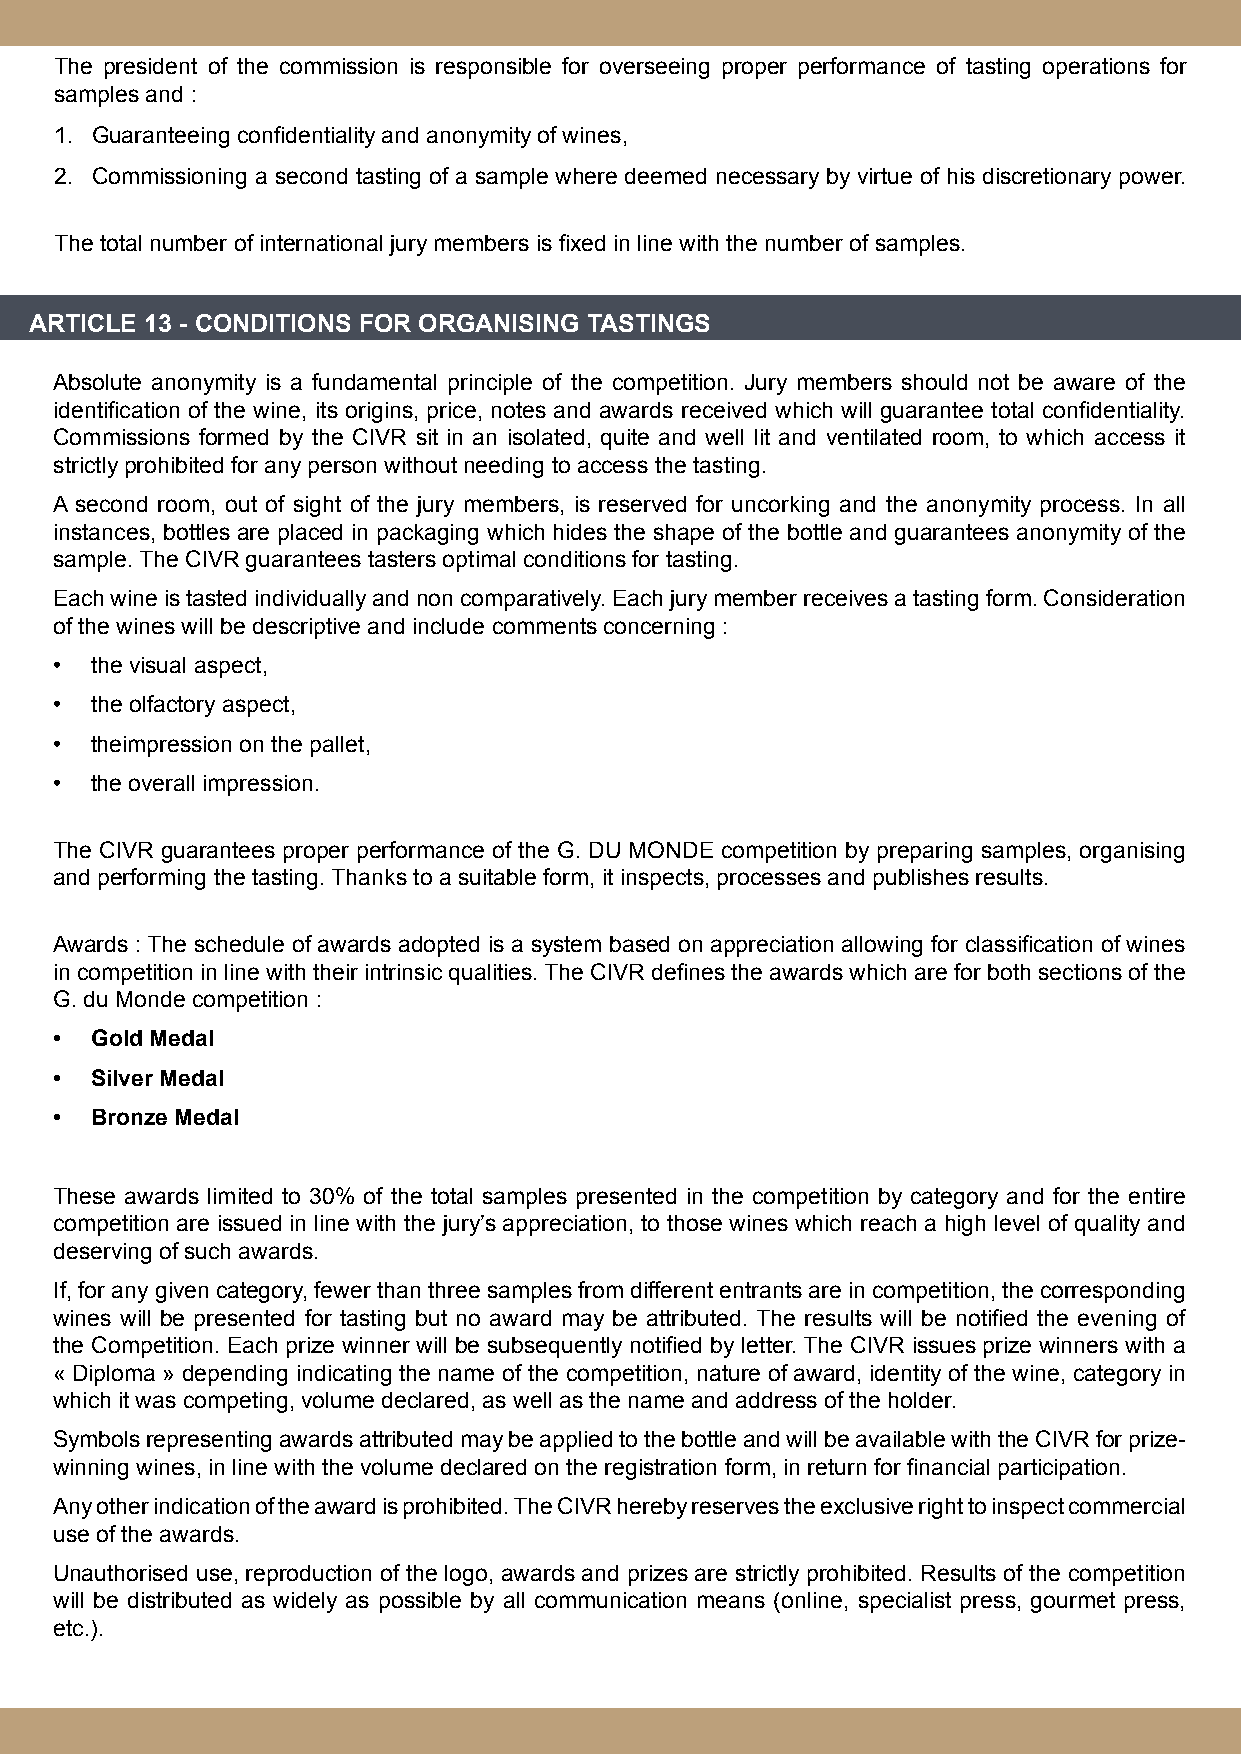
The president of the commission is responsible for overseeing proper performance of tasting operations for
 samples and :
 1. Guaranteeing confidentiality and anonymity of wines,
 2. Commissioning a second tasting of a sample where deemed necessary by virtue of his discretionary power.
 The total number of international jury members is fixed in line with the number of samples.
 ARTICLE 13 - CONDITIONS FOR ORGANISING TASTINGS
 Absolute anonymity is a fundamental principle of the competition. Jury members should not be aware of the
 identification of the wine, its origins, price, notes and awards received which will guarantee total confidentiality.
 Commissions formed by the CIVR sit in an isolated, quite and well lit and ventilated room, to which access it
 strictly prohibited for any person without needing to access the tasting.
 A second room, out of sight of the jury members, is reserved for uncorking and the anonymity process. In all
 instances, bottles are placed in packaging which hides the shape of the bottle and guarantees anonymity of the
 sample. The CIVR guarantees tasters optimal conditions for tasting.
 Each wine is tasted individually and non comparatively. Each jury member receives a tasting form. Consideration
 of the wines will be descriptive and include comments concerning :
 • the visual aspect,
 • the olfactory aspect,
 • theimpression on the pallet,
 • the overall impression.
 The CIVR guarantees proper performance of the G. DU MONDE competition by preparing samples, organising
 and performing the tasting. Thanks to a suitable form, it inspects, processes and publishes results.
 Awards : The schedule of awards adopted is a system based on appreciation allowing for classification of wines
 in competition in line with their intrinsic qualities. The CIVR defines the awards which are for both sections of the
 G. du Monde competition :
 • Gold Medal
 • Silver Medal
 • Bronze Medal
 These awards limited to 30% of the total samples presented in the competition by category and for the entire
 competition are issued in line with the jury’s appreciation, to those wines which reach a high level of quality and
 deserving of such awards.
 If, for any given category, fewer than three samples from different entrants are in competition, the corresponding
 wines will be presented for tasting but no award may be attributed. The results will be notified the evening of
 the Competition. Each prize winner will be subsequently notified by letter. The CIVR issues prize winners with a
 « Diploma » depending indicating the name of the competition, nature of award, identity of the wine, category in
 which it was competing, volume declared, as well as the name and address of the holder.
 Symbols representing awards attributed may be applied to the bottle and will be available with the CIVR for prize-
 winning wines, in line with the volume declared on the registration form, in return for financial participation.
 Any other indication of the award is prohibited. The CIVR hereby reserves the exclusive right to inspect commercial
 use of the awards.
 Unauthorised use, reproduction of the logo, awards and prizes are strictly prohibited. Results of the competition
 will be distributed as widely as possible by all communication means (online, specialist press, gourmet press,
 etc.).